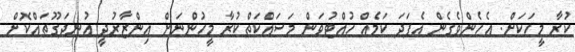
ކުރާ މީހަކަށް. އެހެންވެގެން އެފަދަ ކަމެއް ހުއްޓުވަން މަސައްކަތްކުރާ މީހުންނަށް އިންޒާރުދީ އުނދަގޫތައްކޮށް